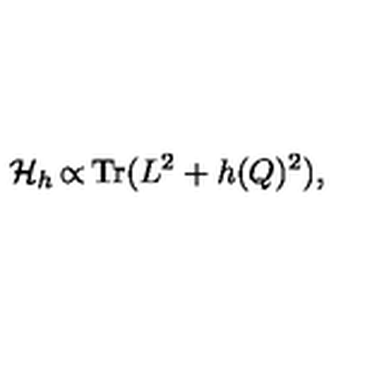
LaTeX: { \cal H } _ { h } \thinspace { \propto } \thinspace \mathrm { T r } ( L ^ { 2 } + h ( Q ) ^ { 2 } ) ,